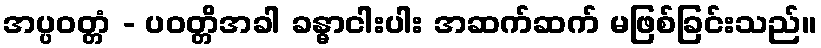
အပ္ပဝတ္တံ - ပဝတ္တိအခါ ခန္ဓာငါးပါး အဆက်ဆက် မဖြစ်ခြင်းသည်။